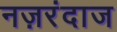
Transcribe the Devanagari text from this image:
नज़रंदाज